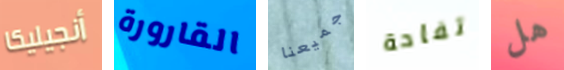
أنجيليكا القارورة جميعنا تفاحة هل